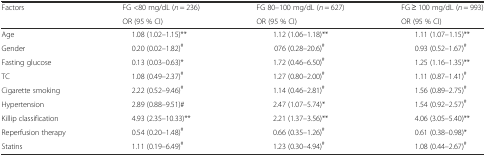
<table><thead><tr><td rowspan="2"><b>Factors</b></td><td><b>FG &lt;80 mg/dL (<i>n</i> = 236)</b></td><td><b>FG 80–100 mg/dL (<i>n</i> = 627)</b></td><td><b>FG ≥ 100 mg/dL (<i>n</i> = 993)</b></td></tr><tr><td><b>OR (95 % CI)</b></td><td><b>OR (95 % CI)</b></td><td><b>OR (95 % CI)</b></td></tr></thead><tbody><tr><td>Age</td><td>1.08 (1.02–1.15)**</td><td>1.12 (1.06–1.18)**</td><td>1.11 (1.07–1.15)**</td></tr><tr><td>Gender</td><td>0.20 (0.02–1.82)<sup>#</sup></td><td>076 (0.28–20.6)<sup>#</sup></td><td>0.93 (0.52–1.67)<sup>#</sup></td></tr><tr><td>Fasting glucose</td><td>0.13 (0.03–0.63)*</td><td>1.72 (0.46–6.50)<sup>#</sup></td><td>1.25 (1.16–1.35)**</td></tr><tr><td>TC</td><td>1.08 (0.49–2.37)<sup>#</sup></td><td>1.27 (0.80–2.00)<sup>#</sup></td><td>1.11 (0.87–1.41)<sup>#</sup></td></tr><tr><td>Cigarette smoking</td><td>2.22 (0.52–9.46)<sup>#</sup></td><td>1.14 (0.46–2.81)<sup>#</sup></td><td>1.56 (0.89–2.75)<sup>#</sup></td></tr><tr><td>Hypertension</td><td>2.89 (0.88–9.51)#</td><td>2.47 (1.07–5.74)*</td><td>1.54 (0.92–2.57)<sup>#</sup></td></tr><tr><td>Killip classification</td><td>4.93 (2.35–10.33)**</td><td>2.21 (1.37–3.56)**</td><td>4.06 (3.05–5.40)**</td></tr><tr><td>Reperfusion therapy</td><td>0.54 (0.20–1.48)<sup>#</sup></td><td>0.66 (0.35–1.26)<sup>#</sup></td><td>0.61 (0.38–0.98)*</td></tr><tr><td>Statins</td><td>1.11 (0.19–6.49)<sup>#</sup></td><td>1.23 (0.30–4.94)<sup>#</sup></td><td>1.08 (0.44–2.67)<sup>#</sup></td></tr></tbody></table>